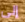
إلى